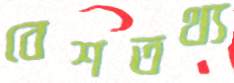
বেশতথ্য